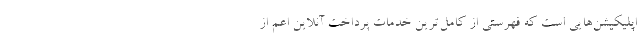
اپلیکیشن‌هایی است که فهرستی از کامل‌ترین خدمات پرداخت آنلاین اعم از